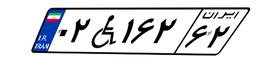
۰۲W۱۶۲۶۲